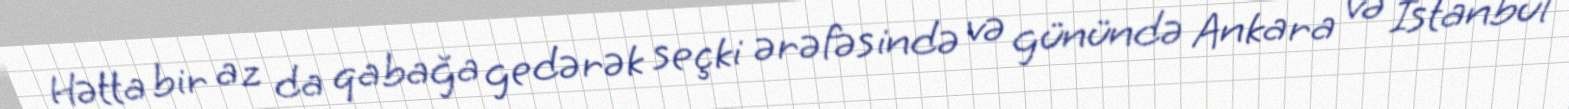
Hətta bir az da qabağa gedərək seçki ərəfəsində və günündə Ankara və İstanbul